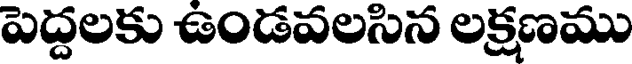
పెద్దలకు ఉండవలసిన లక్షణము